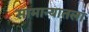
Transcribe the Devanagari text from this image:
सामान्यातला